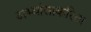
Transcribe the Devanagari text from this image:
अभ्यांसाकरिता